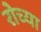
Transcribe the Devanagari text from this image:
रोच्या